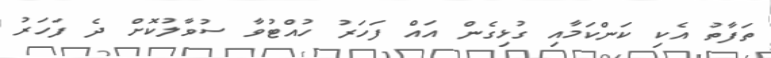
ތަފާތު އެކި ކަންކަމާއި ގުޅިގެން އައް ފަހަރު ހުއްޓުވާ ސުވާލުކޮށް ދެ ފަހަރު